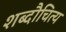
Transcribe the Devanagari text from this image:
शब्दौचित्य